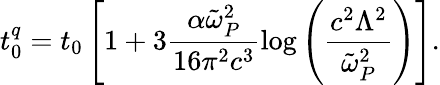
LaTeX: t_{0}^{q}=t_{0}\left[1+{3}\frac{\alpha\tilde{\omega}_{P}^{2}}{16\pi^{2}c^{3}}\log\left(\frac{c^{2}\Lambda^{2}}{\tilde{\omega}_{P}^{2}}\right)\right].